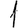
Digit: 1